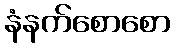
နံနက်စောစော